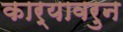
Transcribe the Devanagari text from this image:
कार्यावरुन